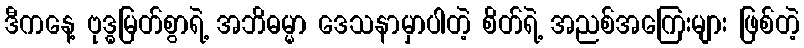
ဒီကနေ့ ဗုဒ္ဓမြတ်စွာရဲ့ အဘိဓမ္မာ ဒေသနာမှာပါတဲ့ စိတ်ရဲ့ အညစ်အကြေးများ ဖြစ်တဲ့